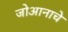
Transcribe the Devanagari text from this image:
जोआनाचे